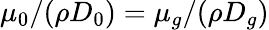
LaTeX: \mu_{0}/(\rho D_{0})=\mu_{g}/(\rho D_{g})